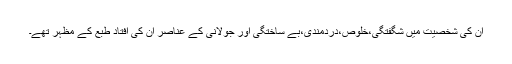
ان کی شخصیت میں شگفتگی،خلوص،دردمندی،بے ساختگی اور جولانی کے عناصر ان کی افتاد طبع کے مظہر تھے۔